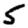
Digit: 5